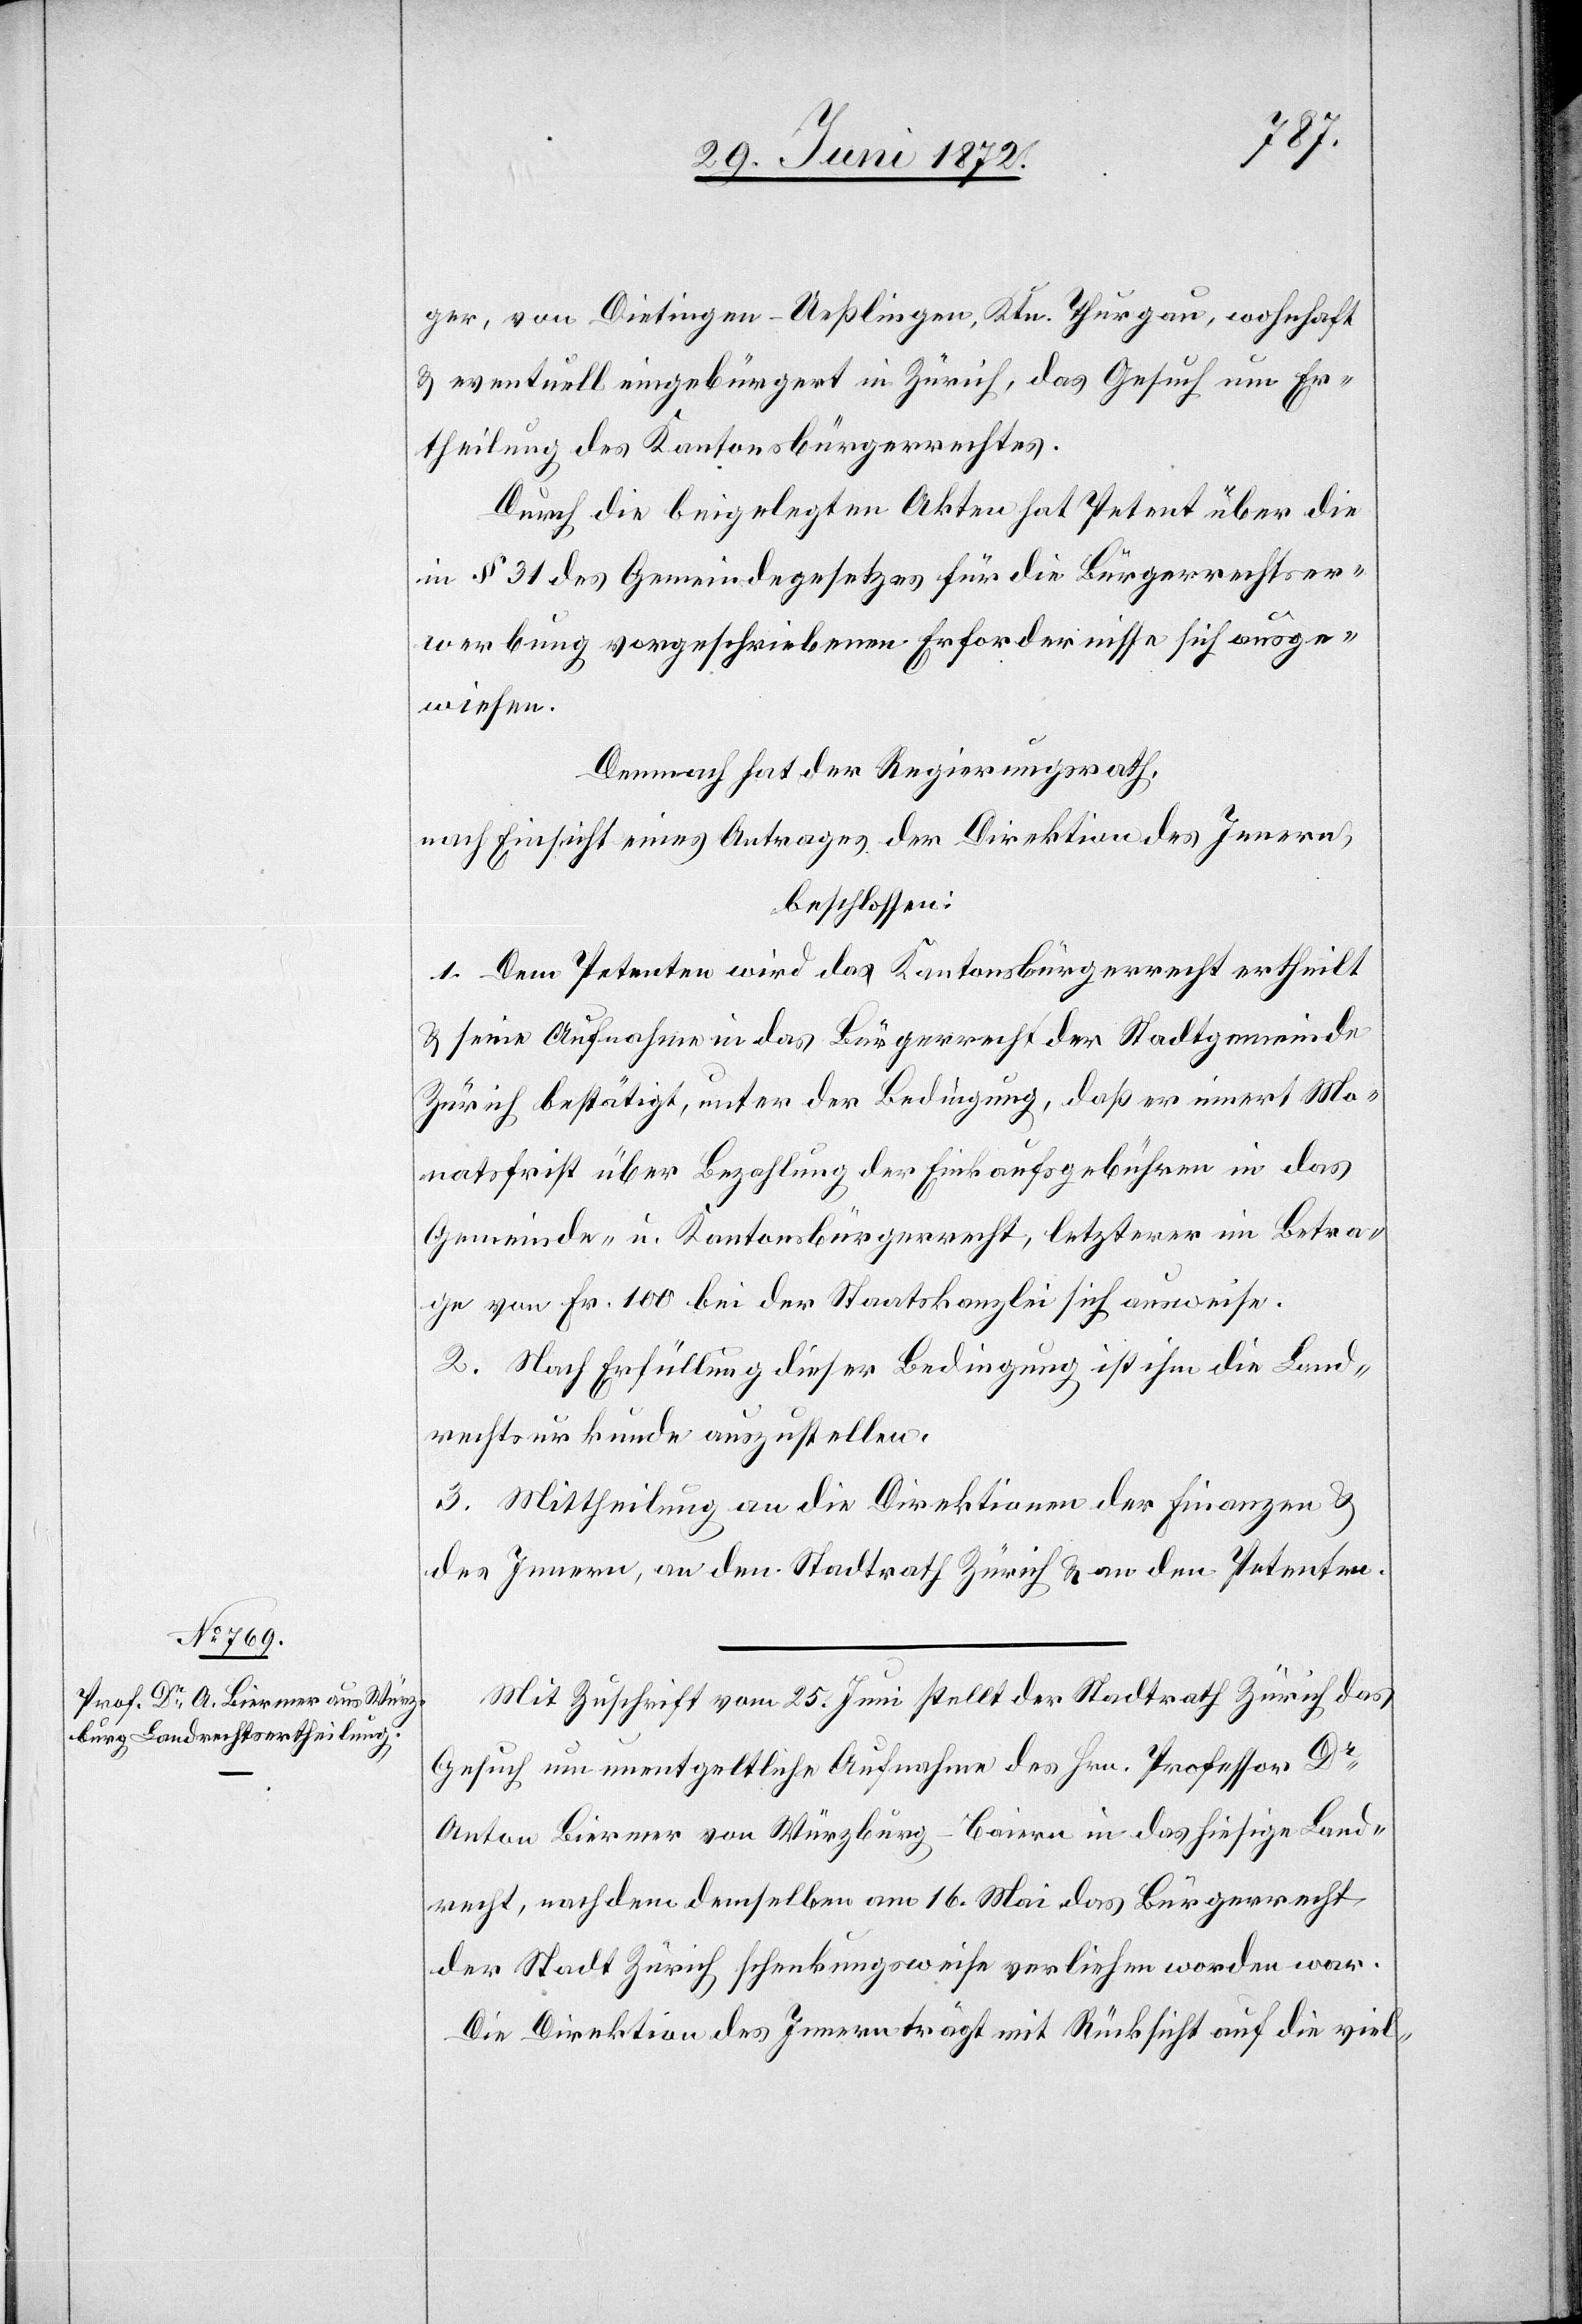
ger, von Dietingen - Ueßlingen, Ktn. Thurgau, wohnhaft
u. eventuell eingebürgert in Zürich, das Gesuch um Er¬
theilung des Kantonsbürgerrechtes.
Durch die beigelegten Akten hat Petent über die
in § 31 des Gemeindegesetzes für die Bürgerrechtser¬
werbung vorgeschriebenen Erfordernisse sich ausge¬
wiesen.
Demnach hat der Regierungsrath,
nach Einsicht eines Antrages der Direktion des Innern,
beschlossen:
1. Dem Petenten wird das Kantonsbürgerrecht ertheilt
u. seine Aufnahme in das Bürgerrecht der Stadtgemeinde
Zürich bestätigt, unter der Bedingung, daß er innert Mo¬
natsfrist über Bezahlung der Einkaufsgebühren in das
Gemeinde- u. Kantonsbürgerrecht, letzterer im Betra¬
ge von Fr. 100 bei der Staatskanzlei sich ausweise.
2. Nach Erfüllung dieser Bedingung ist ihm die Land¬
rechtsurkunde auszustellen.
3. Mittheilung an die Direktionen der Finanzen u.
des Innern, an den Stadtrath Zürich u. an den Petenten.
Mit Zuschrift vom 25. Juni stellt der Stadtrath Zürich das
Gesuch um unentgeltliche Aufnahme des Hrn. Professor Dr
Anton Biermer von Würzburg-Baiern in das hiesige Land¬
recht, nachdem demselben am 16. Mai das Bürgerrecht
der Stadt Zürich schenkungsweise verliehen worden war.
Die Direktion des Innern trägt mit Rücksicht auf die viel-